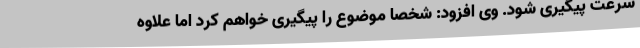
سرعت پیگیری شود. وی افزود: شخصا موضوع را پیگیری خواهم‌ کرد اما علاوه